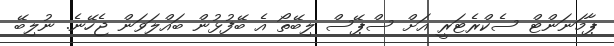
ޕާމަނަންޓް ސެކްރެޓަރީ އަށް ސްޕޭސް ލިބޭތޯ އެ ބޭފުޅުން ބައްލަވަން ޖެހޭނެ. ނުލިބޭ